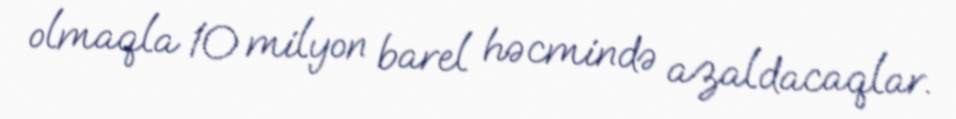
olmaqla 10 milyon barel həcmində azaldacaqlar.